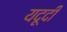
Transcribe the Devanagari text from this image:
यदूदी